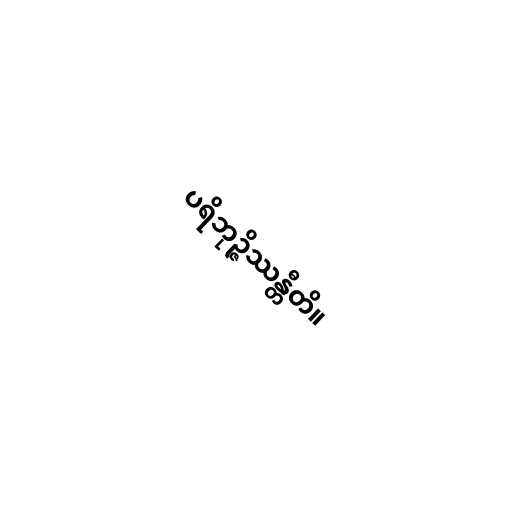
ပရိဘုဉ္ဇိဿန္တီတိ။